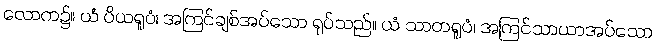
လောက၌။ ယံ ပိယရူပံ၊ အကြင်ချစ်အပ်သော ရုပ်သည်။ ယံ သာတရူပံ၊ အကြင်သာယာအပ်သော